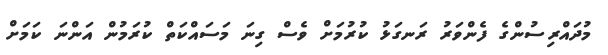
މުދައްރިސުންގެ ފެންވަރު ރަނގަޅު ކުރުމަށް ވެސް ގިނަ މަސައްކަތް ކުރަމުން އަންނަ ކަމަށް